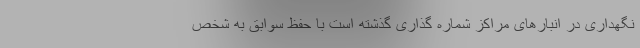
نگهداری در انبارهای مراکز شماره گذاری گذشته است با حفظ سوابق به شخص